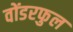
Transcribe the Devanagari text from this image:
वोंडरफुल